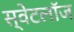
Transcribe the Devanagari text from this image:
स्वेटलॉज